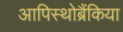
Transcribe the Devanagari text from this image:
आपिस्थोब्रैंकिया